Leaving Certificate Examination (including Day School Certificate (Higher) General paper), 1933
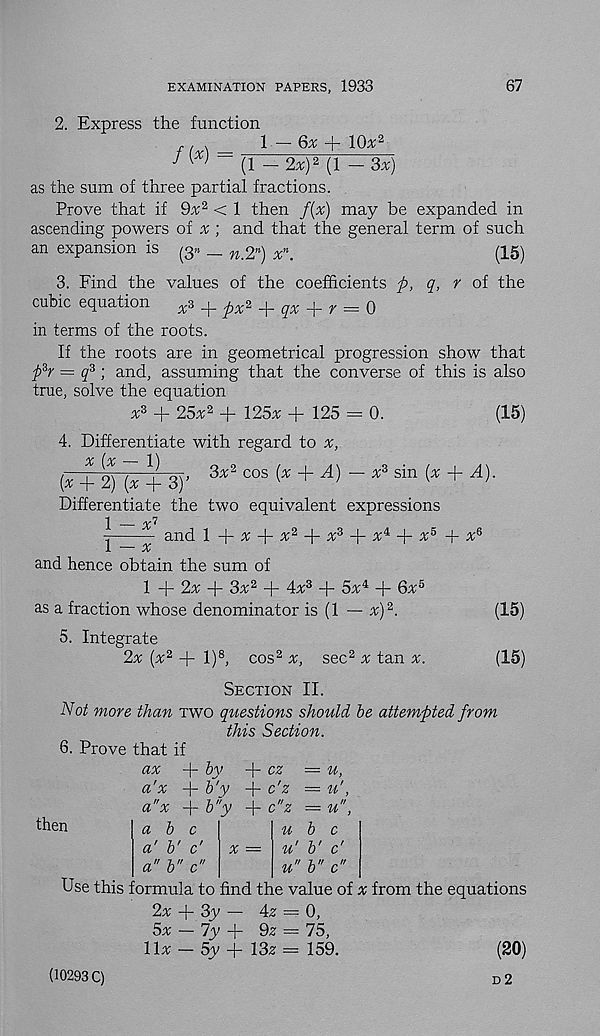
EXAMINATION PAPERS, 1933
67
2. Express the function
/(*)
1 — 6^ + 10% 2
(1 - 2x)2 (1 - 3x)
as the sum of three partial fractions.
Prove that if 9x 2 < 1 then f(x) may be expanded in
ascending powers of ^ ; and that the general term of such
an expansion is
— n.2 n ) x n .
(15)
3. Find the values of the coefficients p, q, r of the
cubic equation
x z _j_ p x z h q X + y = q
in terms of the roots.
If the roots are in geometrical progression show that
ph = q 3 ; and, assuming that the converse of this is also
true, solve the equation
* 3 + 25*2 + 125* + 125 = 0.
(15)
4. Differentiate with regard to x,
(x + 2) (! + 3)’ 3 * S cos ( X + A )- * 8 sin
+ A~> -
Differentiate the two equivalent expressions
1 — iK 7
■ z
and 1 -j- x
x 2
x 3 -p x i
x 5 + x 6
l — x
and hence obtain the sum of
1 + 2^ + 3^2 + 4a; 3 -j- Sx* + 6a; 5
as a fraction whose denominator is (1 — a;) 2 .
(15)
5. Integrate
2a; [x 2 + l) 8 , cos 2 x, sec 2 a; tan x.
(15)
Section II.
'Not more than two questions should be attempted from
this Section.
6. Prove that if
ax + by
cz = u,
a'x + b'y + c'z = u',
a"x -f- b"y + c ''z = u",
then
a b c
a' b' c'
a" b" c"
x
u b c
u' b' c'
u" b" c"
Use this formula to find the value of x from the equations
2a; -f- 3y — 4z — 0,
5x — 7y
9z == 75,
11^ - 5y + 13^ = 159.
(20)
D 2
(10293 C)